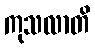
ကုသလာတိ